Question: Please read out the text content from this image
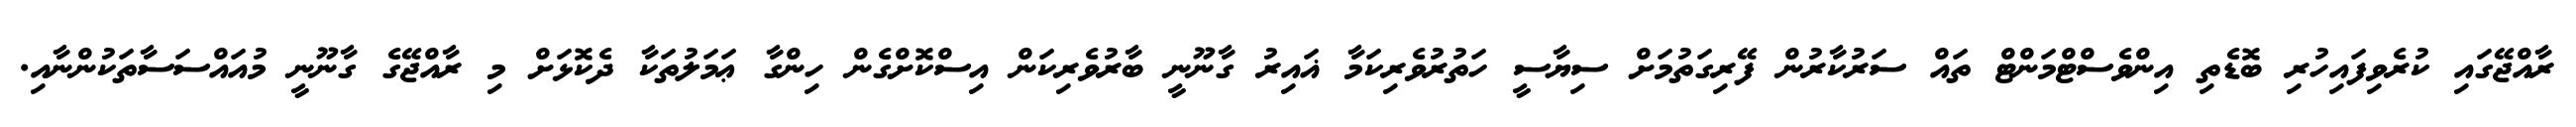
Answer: ރާއްޖޭގައި ކުރެވިފައިހުރި ބޮޑެތި އިންވެސްޓްމަންޓް ތައް ސަރުކާރުން ފޭރިގަތުމަށް ސިޔާސީ ހަތުރުވެރިކަމާ ޣައިރު ގާނޫނީ ބާރުވެރިކަން އިސްކޮށްގެން ހިންގާ ޢަމަލުތަކާ ދެކޮޅަށް މި ރާއްޖޭގެ ގާނޫނީ މުއައްސަސާތަކުންނާއި.